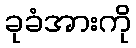
ခုခံအားကို